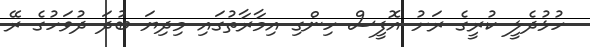
ހުޅުދެލީ ކުރީގެ ރަށު އޮފީސް ހިންގި އިމާރާތުގައި މިދިޔަ ބުދަ ދުވަހުގެ ރޭ